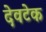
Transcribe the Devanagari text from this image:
देवटेक